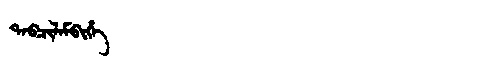
Manchu: ᡨᠠᠪᠴᡳᠯᠠᠮᠪᡳᡥᡝ
Romanization: TABCILAMBIHE